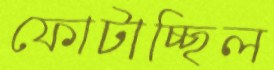
ফোটাচ্ছিল